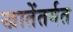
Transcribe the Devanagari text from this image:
खातेंतर्गत